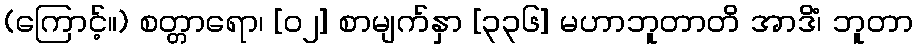
(ကြောင့်။) စတ္တာရော၊ [၀၂] စာမျက်နှာ [၃၃၆] မဟာဘူတာတိ အာဒိံ၊ ဘူတာ